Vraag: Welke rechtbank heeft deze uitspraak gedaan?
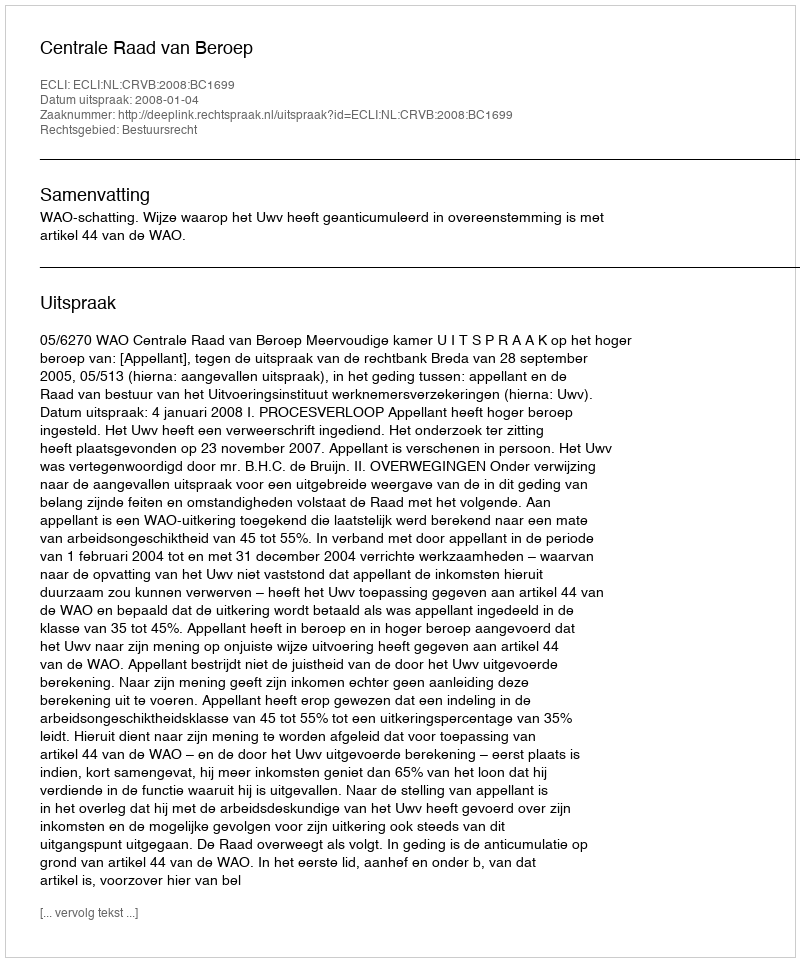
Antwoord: Centrale Raad van Beroep